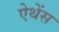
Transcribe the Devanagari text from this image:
ऐथेंस